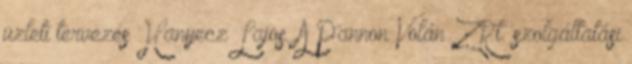
üzleti tervezés Hanyecz Lajos. A Pannon Volán ZRt. szolgáltatási